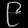
Digit: ၉